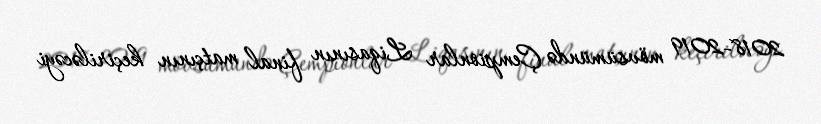
2018-2019 mövsümündə Çempionlar Liqasının final matçının keçiriləcəyi